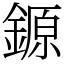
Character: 𨪛